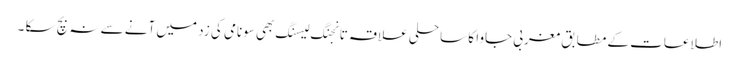
اطلاعات کے مطابق مغربی جاوا کا ساحلی علاقہ تانجنگ لیسنگ بھی سونامی کی زد میں آنے سے نہ بچ سکا ۔